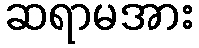
ဆရာမအား